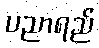
ပညာရည်